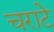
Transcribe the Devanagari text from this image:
चराटे